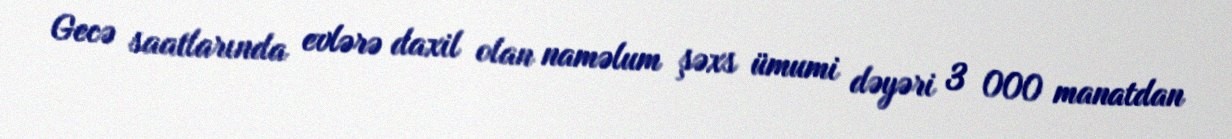
Gecə saatlarında evlərə daxil olan naməlum şəxs ümumi dəyəri 3 000 manatdan